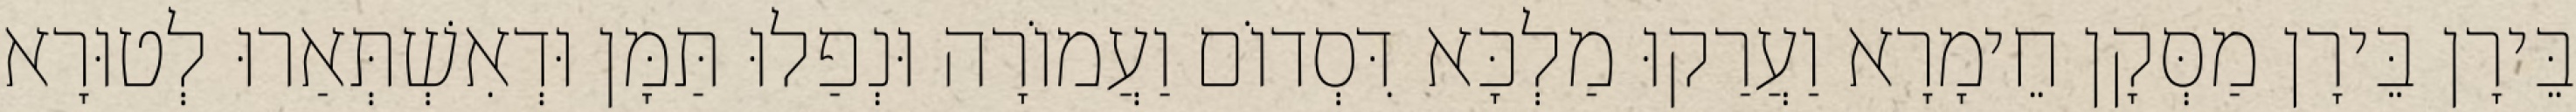
בֵּירָן בֵּירָן מַסְּקָן חֵימָרָא וַעֲרַקוּ מַלְכָּא דִּסְדוֹם וַעֲמוֹרָה וּנְפַלוּ תַּמָּן וּדְאִשְׁתְּאַרוּ לְטוּרָא